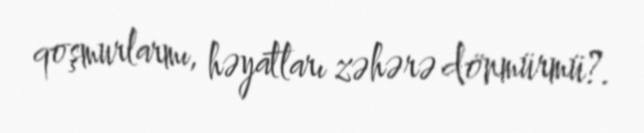
qoşmurlarmı, həyatları zəhərə dönmürmü?.